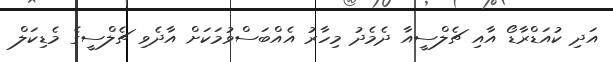
އަދި ކުއަޑްރާޑޯ އާއި ޗެލްސީއާ ދެމެދު މިހާރު އެއްބަސްވުމަކަށް އާދެވި ޗެލްސީގެ މެޑިކަލް